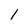
Character: 1